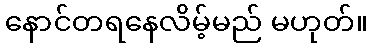
နောင်တရနေလိမ့်မည် မဟုတ်။